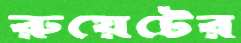
রুয়েটের